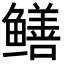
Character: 鳝